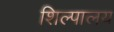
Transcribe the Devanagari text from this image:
शिल्पालय